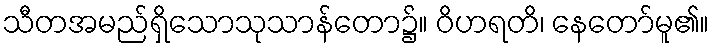
သီတအမည်ရှိသောသုသာန်တော၌။ ဝိဟရတိ၊ နေတော်မူ၏။